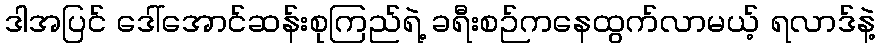
ဒါအပြင် ဒေါ်အောင်ဆန်းစုကြည်ရဲ့ ခရီးစဉ်ကနေထွက်လာမယ့် ရလာဒ်နဲ့